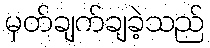
မှတ်ချက်ချခဲ့သည်